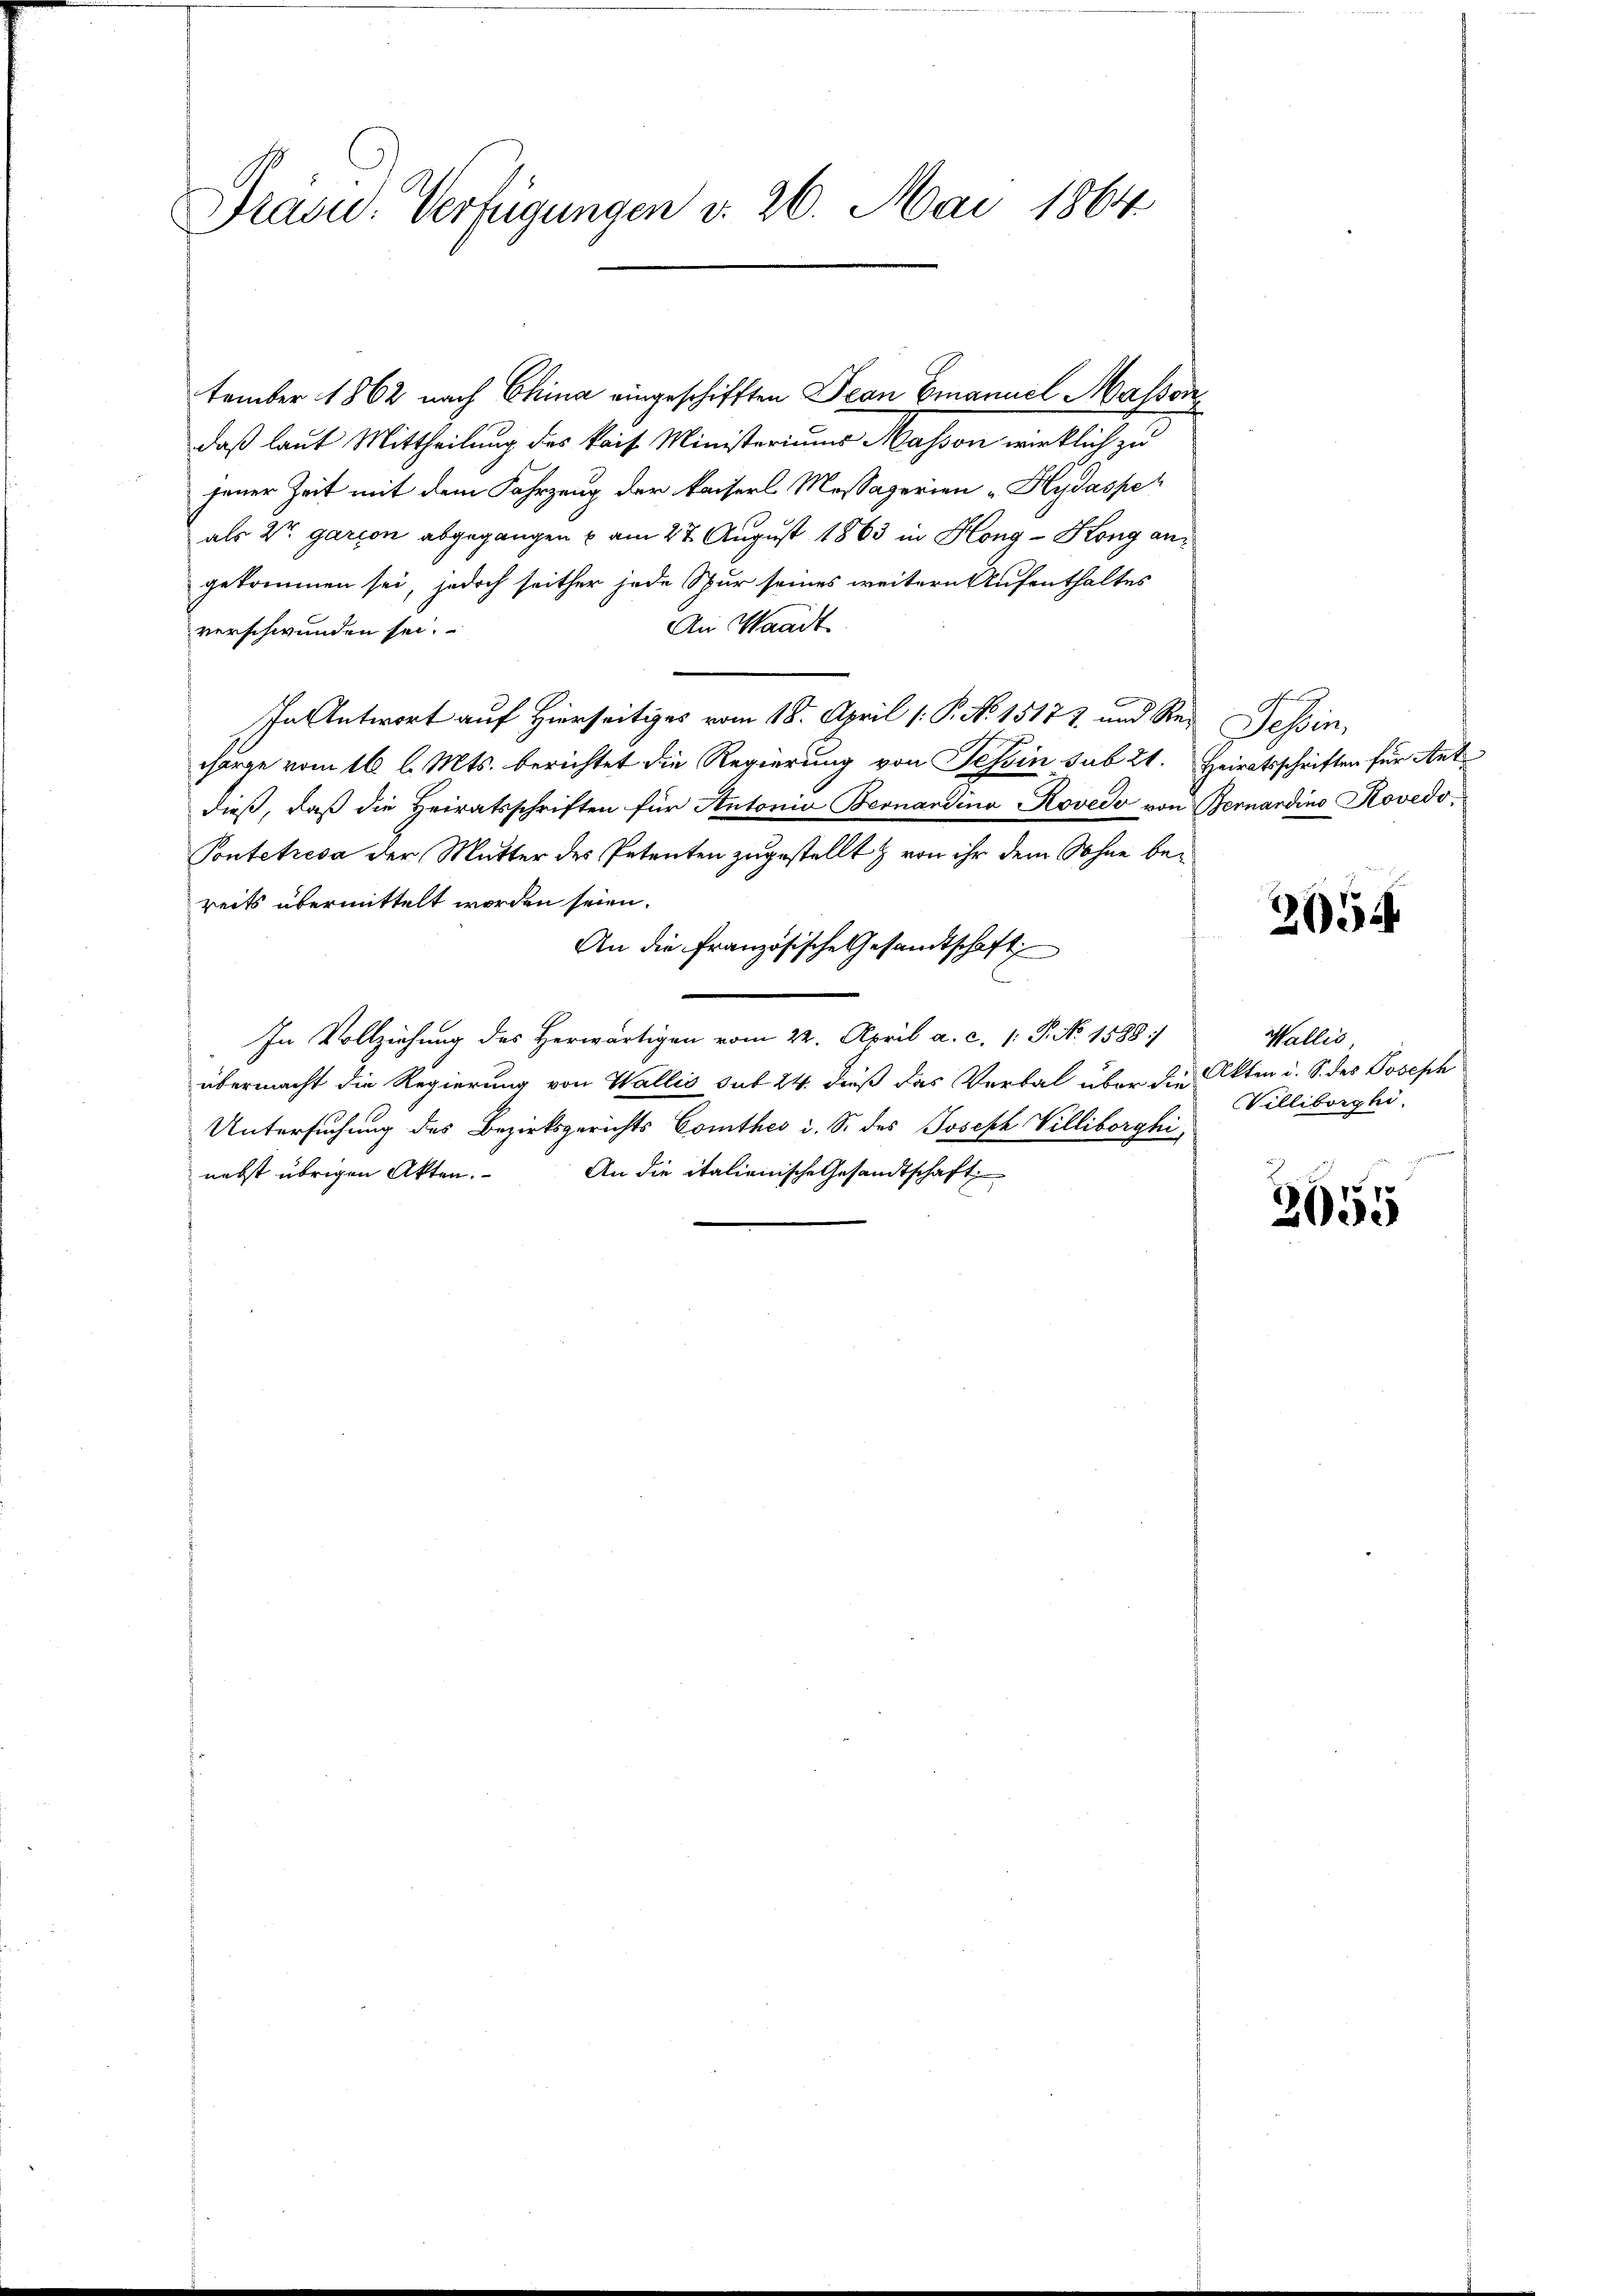
Präsid. Verfügungen v. 26. Mai 1864

tember 1862 nach China eingeschifften Jean Emanuel Masson
daß laut Mittheilung des kais. Ministeriums Masson wirklich zu
jener Zeit mit dem Fahrzung der kaiserl Mossaperien „Hydasse
als St. Garten abgegangen u. am 27. August 1863 in Hong - Kong angekommen sei, jedoch seither jede Spur seines weitern Aufenthaltes
An Waadt
verschwunden sei.
In Antwort auf Hierseitiges vom 18. April (: P. N. 15172 und Red Tessin,
horge vom 16. l. Mts. berichtet die Regierung von Tessin sub 21. Heiratsschriften für Antdieß, daß die Heiratsschriften für Antonio Bernardina Rovedo von ernardino Rovedo¬
Pontetresa der Mutter des Petenten zugestellt & von ihr dem Sohne bereits übermittelt worden seien.
An die Französische Gesandtschaft
In Vollziehung des Herwärtigen vom 22. April a. c. 1. P. No 1588/
übermacht die Regierung von Wallis sub 24. dieß das Verbal über die Akten d. S. des Joseph
Untersuchung des Bezirksgerichts Conthes i. S. des Joseph Villiborghi,
nebst übrigen Akten. An die italienische Gesandtschaft

265

Wallis
Villiberghi

2055